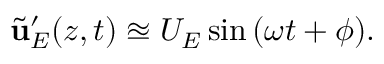
\tilde { \mathbf { u } } _ { E } ^ { \prime } ( z , t ) \approxeq U _ { E } \sin { ( \omega t + \phi ) } .